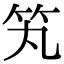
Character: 笂